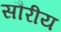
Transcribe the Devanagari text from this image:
सौरीय